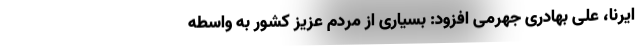
ایرنا، علی بهادری جهرمی افزود: بسیاری از مردم عزیز کشور به واسطه